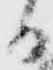
日